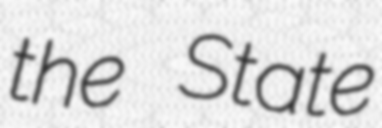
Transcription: the State